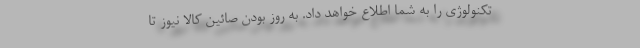
تکنولوژی را به شما اطلاع خواهد داد. به روز بودن صائین کالا نیوز تا